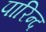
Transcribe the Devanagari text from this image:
पारिन्द